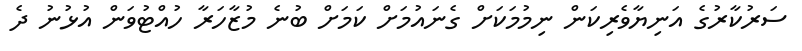
ސަރުކާރުގެ އަނިޔާވެރިކަން ނިމުމަކަށް ގެނައުމަށް ކަމަށް ބުނެ މުޒާހަރާ ހުއްޓުވަން އުޅުނު ދެ